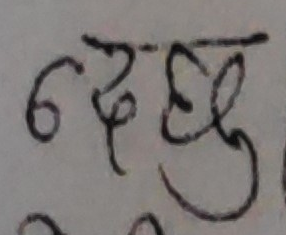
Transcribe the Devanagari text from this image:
दछु